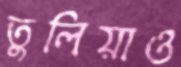
তুলিয়াও